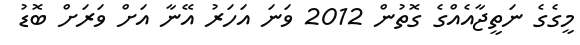
މީގެގެ ނަތީޖާއެއްގެ ގޮތުން 2012 ވަނަ އަހަރު އޭނާ އަށް ވަރަށް ބޮޑު